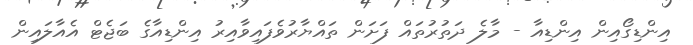
އިންޑިގޯއިން އިންޑިއާ - މާލެ ދަތުރުތައް ފަށަން ތައްޔާރުވެފައިވާއިރު އިންޑިއާގެ ބަޖެޓް އެއާލައިން